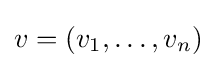
v=(v_{1},\dots ,v_{n})